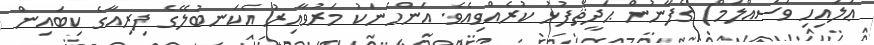
ޢަލައިހި ވަސައްލަމް) ގެފާނުން ޙަދީޘްފުޅު ކުރެއްވިއެވެ. އަންހެނަކު މަރުވާއިރު އެކަނބުލޭގެ ފިރިއާގެ ކިބައިން